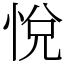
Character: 悅